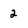
Character: 2